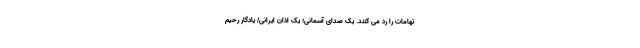
تهامات را رد می کنند. یک صدای آسمانی؛ یک اذان ایرانی/ یادگار رحیم